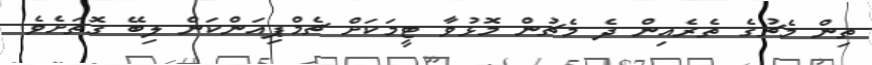
ތިން މެޗުގެ ތެރެއިން ދެ މެޗުން މޮޅުވާ ޓީމަކަށް ޗެމްޕިއަންކަން ލިބޭ ގޮތަށެވެ.